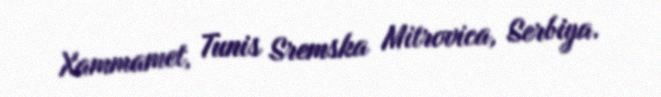
Xammamet, Tunis Sremska Mitrovica, Serbiya.